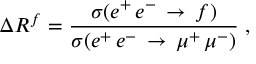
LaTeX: \Delta R ^ { f } = { \frac { \sigma ( e ^ { + } \, e ^ { - } \, \rightarrow \, f ) } { \sigma ( e ^ { + } \, e ^ { - } \, \rightarrow \, \mu ^ { + } \, \mu ^ { - } ) } } \; ,